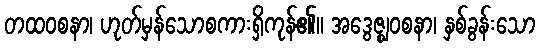
တထဝစနာ၊ ဟုတ်မှန်သောစကားရှိကုန်၏။ အဒွေဇ္ဈဝစနာ၊ နှစ်ခွန်းသော